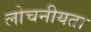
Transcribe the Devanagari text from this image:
लोचनीयता